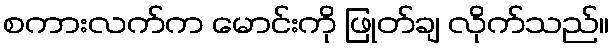
စကားလက်က မောင်းကို ဖြုတ်ချ လိုက်သည်။